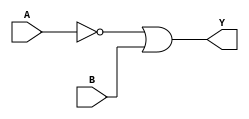
module two_variable_kmap (
    input wire A,  // Input variable A
    input wire B,  // Input variable B
    output wire Y  // Output based on K-map simplification
);

// K-map logic implementation
// The output Y can be derived from the K-map as follows:
// Y = (A'B') + (A'B) + (AB) => Y = A' + B
assign Y = (~A | B);

endmodule